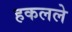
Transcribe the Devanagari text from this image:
हकलले